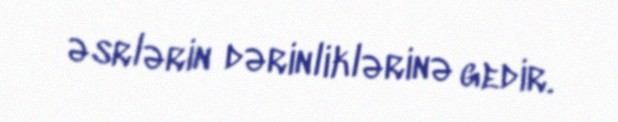
əsrlərin dərinliklərinə gedir.